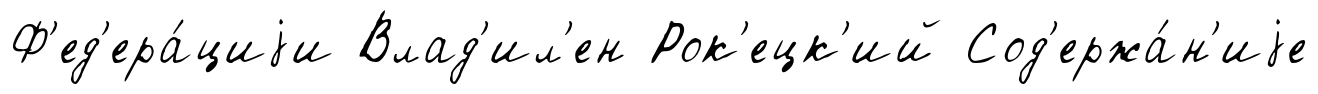
Ф'ед'ера́циjи Влад'ил'ен Рок'ецк'ий Сод'ержа́н'иjе